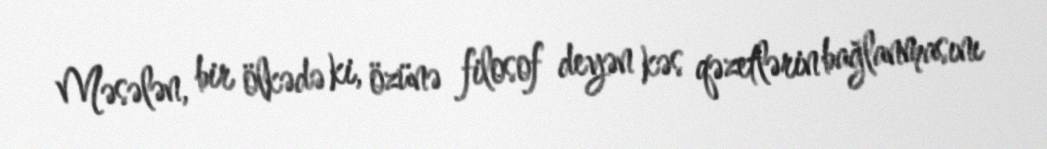
Məsələn, bir ölkədə ki, özünə filosof deyən kəs qəzetlərin bağlanmasını